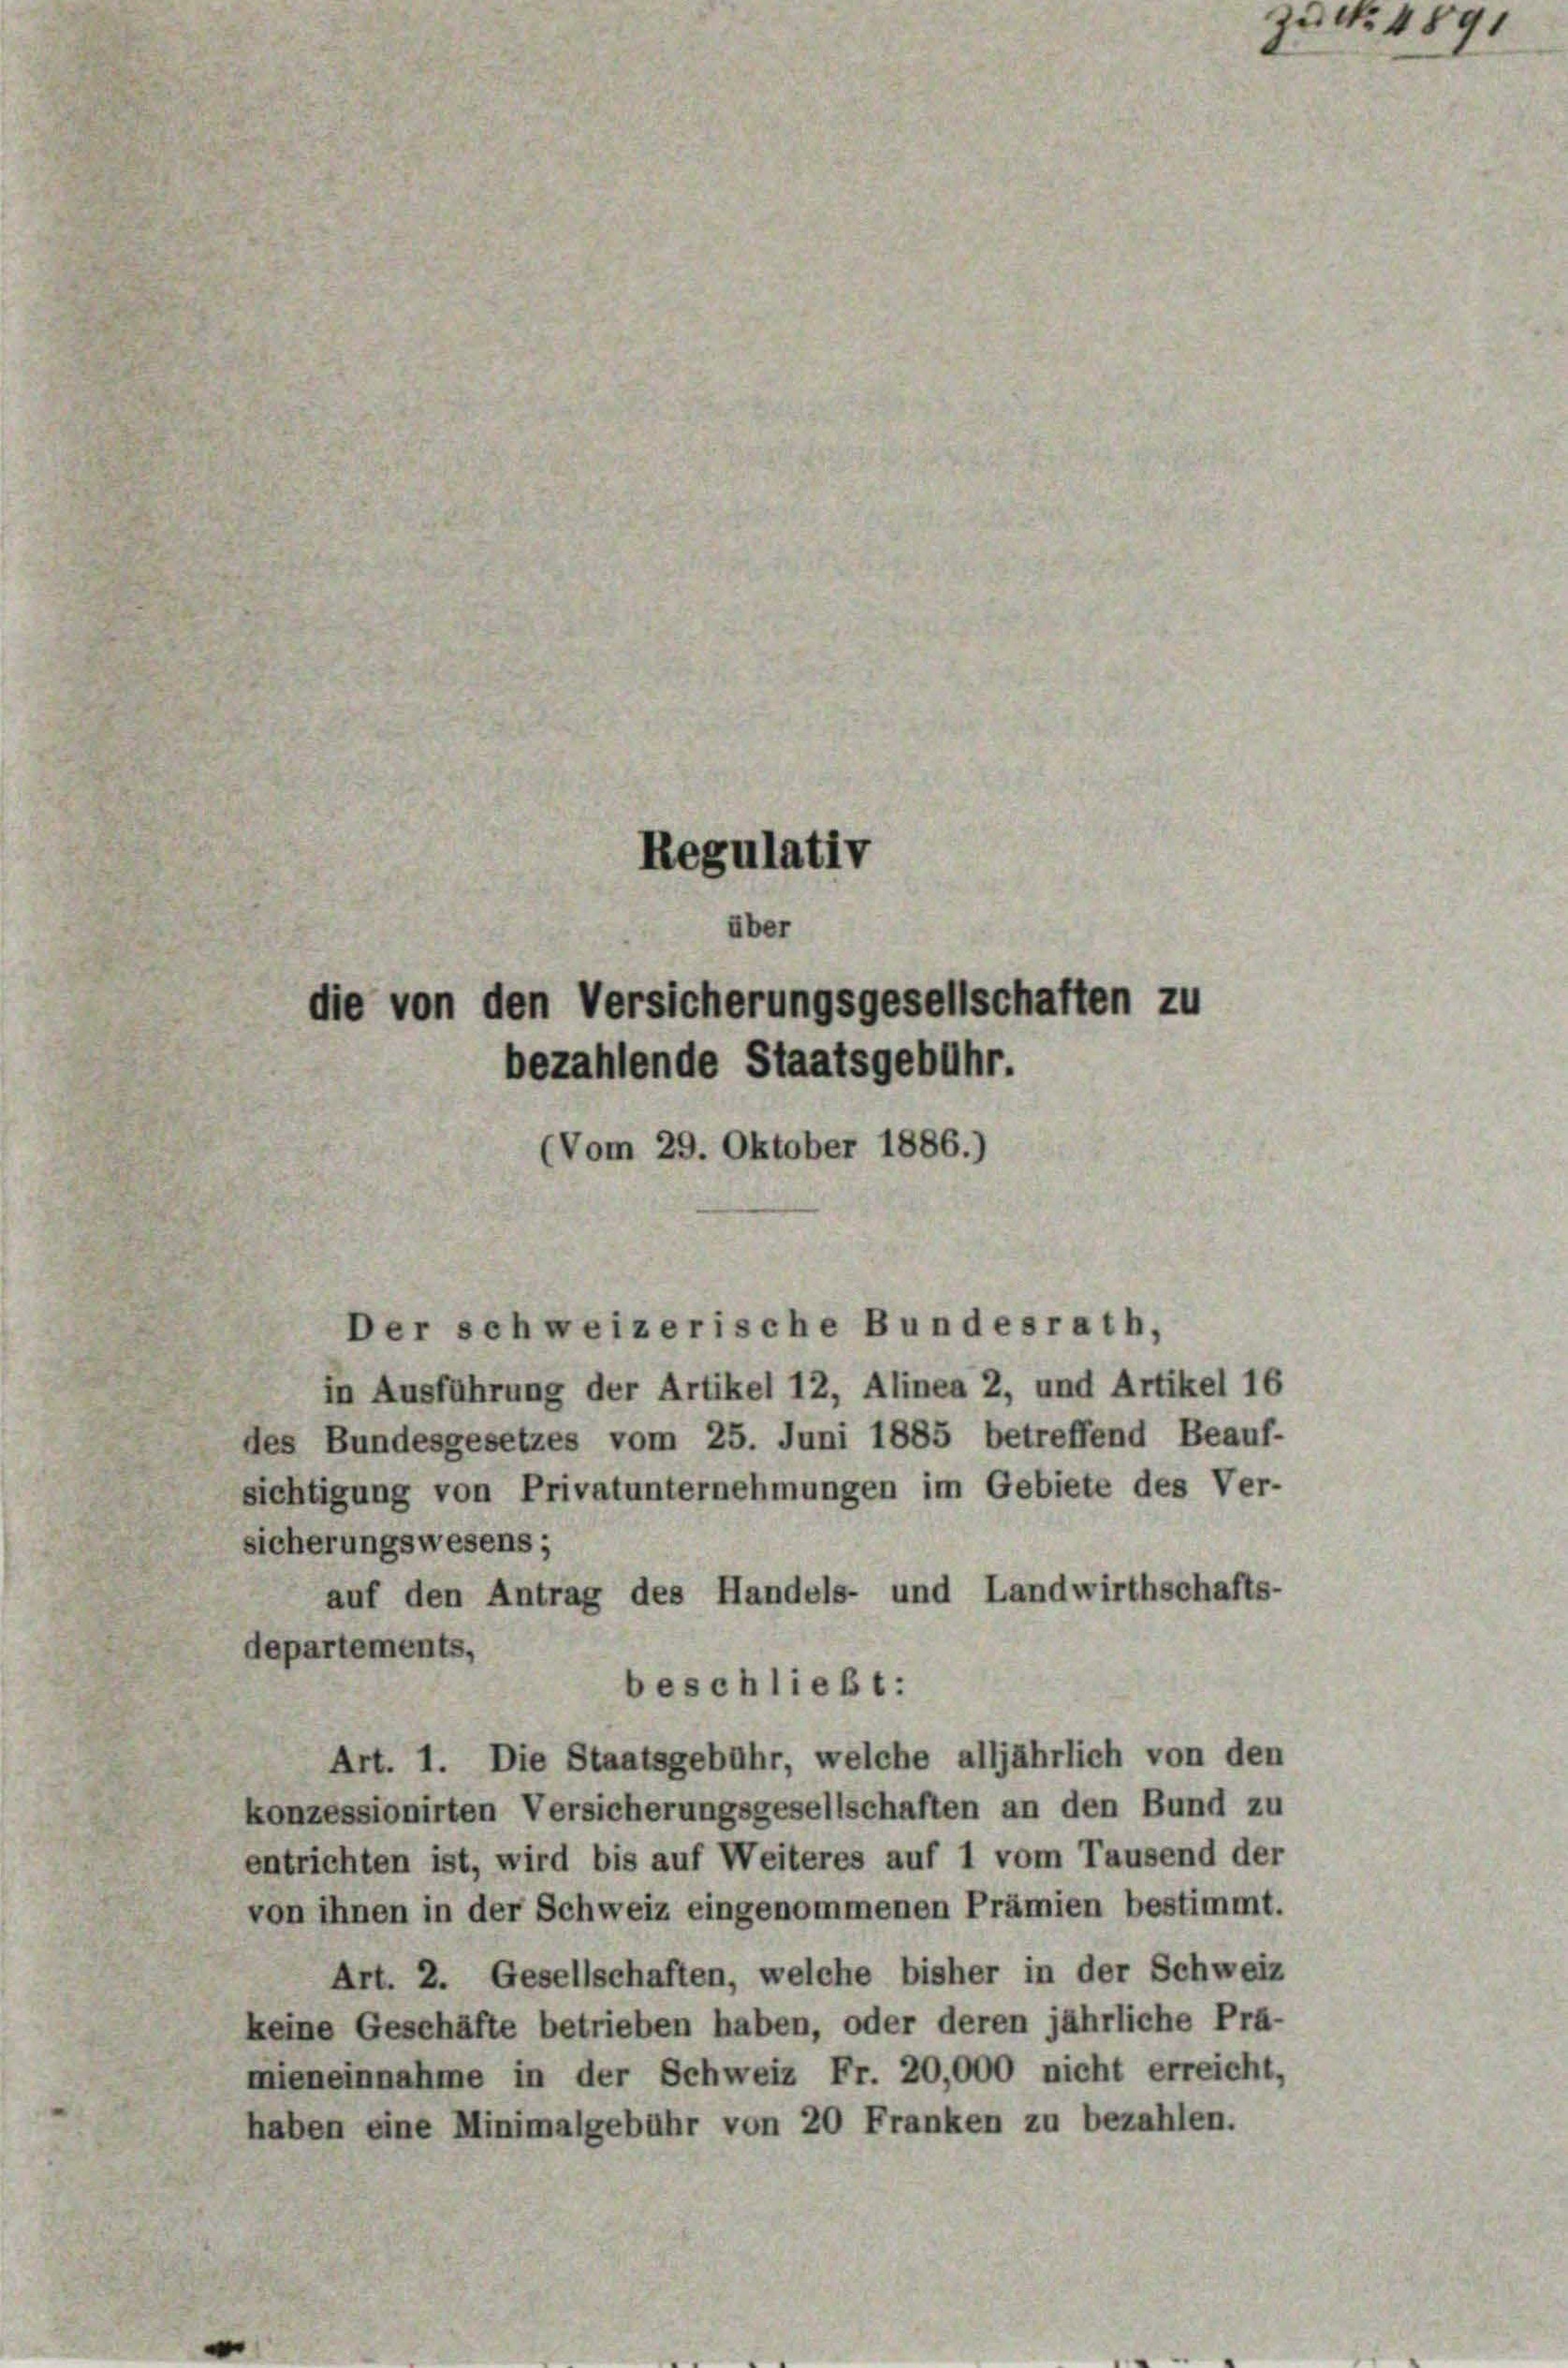
Regulativ
über
lie von den Versicherungsgesellschaften zu
bezahlende Staatsgebühr.
(Vom 29. Oktober 1886.)

Der schweizerische Bundesrath,
in Ausführung der Artikel 12, Alinea 2, und Artikel 16

des Bundesgesetzes vom 25. Juni 1885 betreffend Beauf-
sichtigung von Privatunternehmungen im Gebiete des Ver-
sicherungswesens;
auf den Antrag des Handels- und Landwirthschafts-
departements,
beschließt:
Art. 1. Die Staatsgebühr, welche alljährlich von den
konzessionirten Versicherungsgesellschaften an den Bund zu
entrichten ist, wird bis auf Weiteres auf 1 vom Tausend der
von ihnen in der Schweiz eingenommenen Prämien bestimmt.
Art. 2. Gesellschaften, welche bisher in der Schweiz
keine Geschäfte betrieben haben, oder deren jährliche Prä-
mieneinnahme in der Schweiz Fr. 20,000 nicht erreicht,
haben eine Minimalgebühr von 20 Franken zu bezahlen.

1